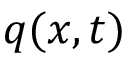
q ( x , t )